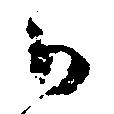
口